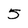
Character: 5